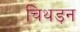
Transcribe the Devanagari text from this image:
चिथड़न